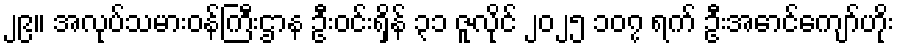
၂၉။ အလုပ်သမားဝန်ကြီးဌာန ဦးဝင်းရှိန် ၃၁ ဇူလိုင် ၂၀၂၅ ၁၀၇ ရက် ဦးအောင်ကျော်ဟိုး